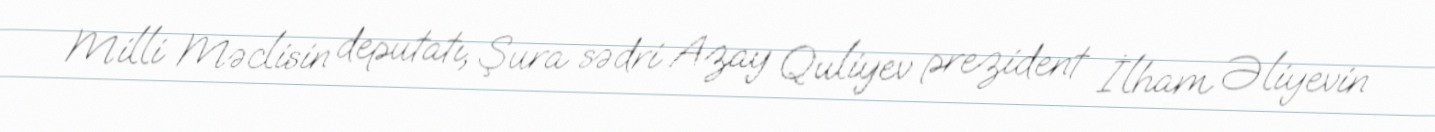
Milli Məclisin deputatı, Şura sədri Azay Quliyev prezident İlham Əliyevin